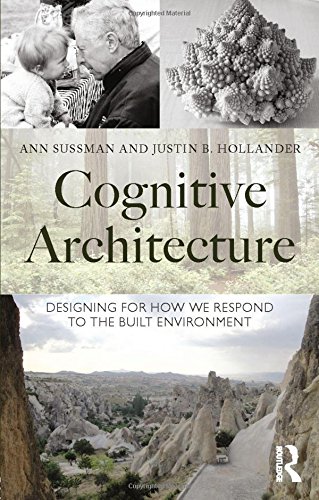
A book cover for Cognitive Architecture: Designing for How We Respond to the Built Environment; Ann Sussman; Arts & Photography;